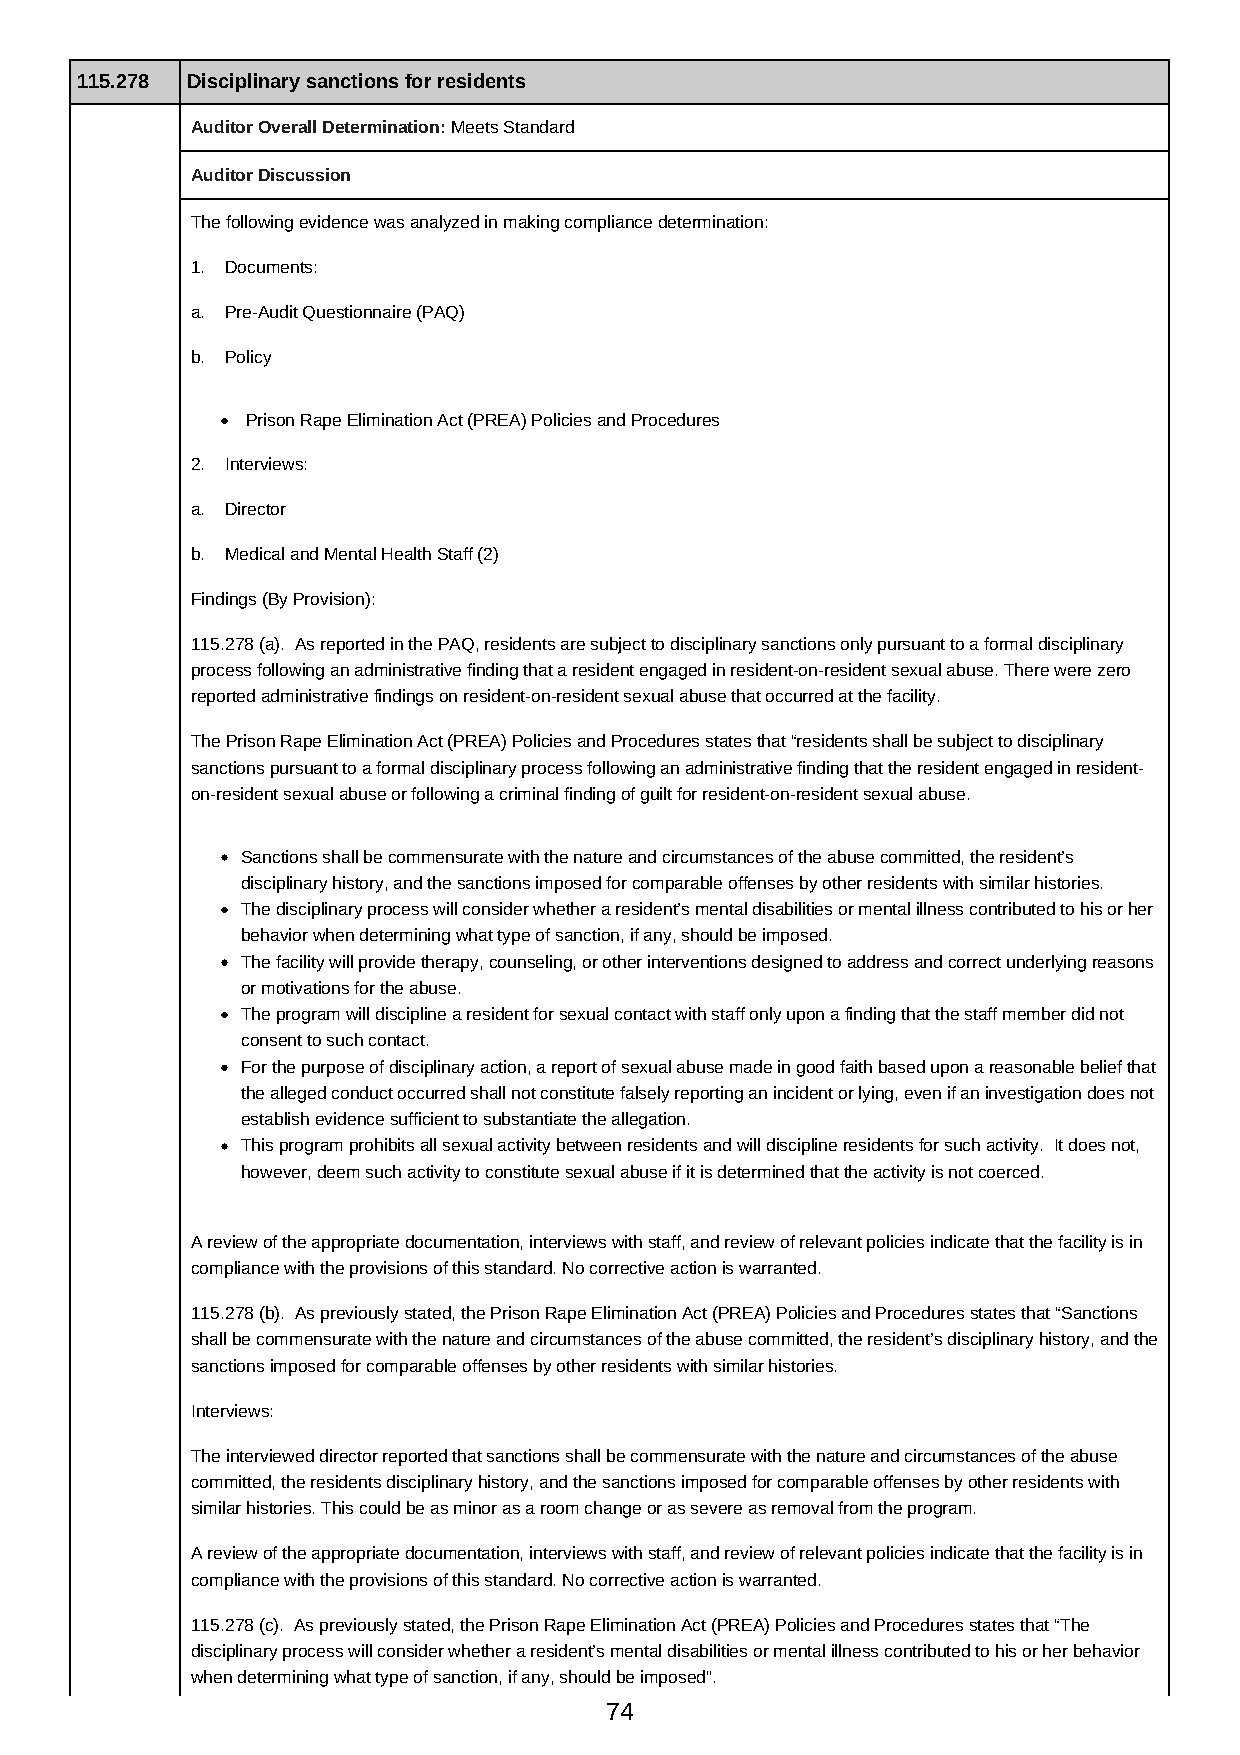
115.278 Disciplinary sanctions for residents
 Auditor Overall Determination: Meets Standard
 Auditor Discussion
 The following evidence was analyzed in making compliance determination:
 1. Documents:
 a. Pre-Audit Questionnaire (PAQ)
 b. Policy
 Prison Rape Elimination Act (PREA) Policies and Procedures
 2. Interviews:
 a. Director
 b. Medical and Mental Health Staff (2)
 Findings (By Provision):
 115.278 (a). As reported in the PAQ, residents are subject to disciplinary sanctions only pursuant to a formal disciplinary
 process following an administrative finding that a resident engaged in resident-on-resident sexual abuse. There were zero
 reported administrative findings on resident-on-resident sexual abuse that occurred at the facility.
 The Prison Rape Elimination Act (PREA) Policies and Procedures states that “residents shall be subject to disciplinary
 sanctions pursuant to a formal disciplinary process following an administrative finding that the resident engaged in resident-
 on-resident sexual abuse or following a criminal finding of guilt for resident-on-resident sexual abuse.
 Sanctions shall be commensurate with the nature and circumstances of the abuse committed, the resident’s
 disciplinary history, and the sanctions imposed for comparable offenses by other residents with similar histories.
 The disciplinary process will consider whether a resident’s mental disabilities or mental illness contributed to his or her
 behavior when determining what type of sanction, if any, should be imposed.
 The facility will provide therapy, counseling, or other interventions designed to address and correct underlying reasons
 or motivations for the abuse.
 The program will discipline a resident for sexual contact with staff only upon a finding that the staff member did not
 consent to such contact.
 For the purpose of disciplinary action, a report of sexual abuse made in good faith based upon a reasonable belief that
 the alleged conduct occurred shall not constitute falsely reporting an incident or lying, even if an investigation does not
 establish evidence sufficient to substantiate the allegation.
 This program prohibits all sexual activity between residents and will discipline residents for such activity. It does not,
 however, deem such activity to constitute sexual abuse if it is determined that the activity is not coerced.
 A review of the appropriate documentation, interviews with staff, and review of relevant policies indicate that the facility is in
 compliance with the provisions of this standard. No corrective action is warranted.
 115.278 (b). As previously stated, the Prison Rape Elimination Act (PREA) Policies and Procedures states that “Sanctions
 shall be commensurate with the nature and circumstances of the abuse committed, the resident’s disciplinary history, and the
 sanctions imposed for comparable offenses by other residents with similar histories.
 Interviews:
 The interviewed director reported that sanctions shall be commensurate with the nature and circumstances of the abuse
 committed, the residents disciplinary history, and the sanctions imposed for comparable offenses by other residents with
 similar histories. This could be as minor as a room change or as severe as removal from the program.
 A review of the appropriate documentation, interviews with staff, and review of relevant policies indicate that the facility is in
 compliance with the provisions of this standard. No corrective action is warranted.
 115.278 (c). As previously stated, the Prison Rape Elimination Act (PREA) Policies and Procedures states that “The
 disciplinary process will consider whether a resident’s mental disabilities or mental illness contributed to his or her behavior
 when determining what type of sanction, if any, should be imposed”.
 74